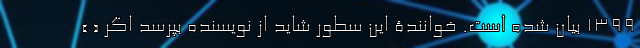
1399 بیان شده است. خوانندۀ این سطور شاید از نویسنده بپرسد اگر « »